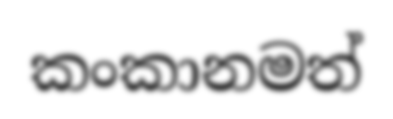
කංකානමත්